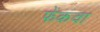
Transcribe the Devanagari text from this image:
फेंकवा